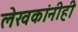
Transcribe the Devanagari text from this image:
लेखकांनीही